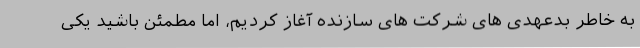
به خاطر بدعهدی های شرکت های سازنده آغاز کردیم، اما مطمئن باشید یکی